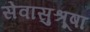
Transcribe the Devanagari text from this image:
सेवासुश्रूषा